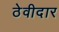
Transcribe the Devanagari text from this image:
ठेवीदार